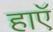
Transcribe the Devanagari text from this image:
हाएॅ